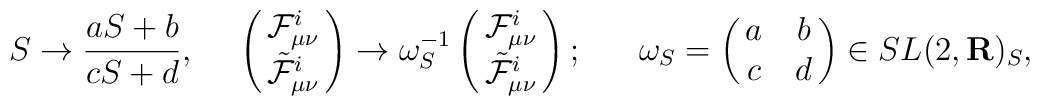
S\to{{aS+b}\over{cS+d}},\ \ \ \ \left(\matrix{{\cal F}^i_{\mu\nu}\cr \tilde{\cal F}^i_{\mu\nu}}\right)\to \omega^{-1}_S\left(\matrix{{\cal F}^i_{\mu\nu}\cr \tilde{\cal F}^i_{\mu\nu}}\right);\ \ \ \ \ \omega_S=\left(\matrix{a&b\cr c&d}\right)\in SL(2,{\bf R})_S,